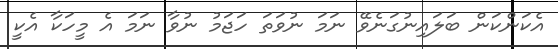
އެކަންކަން ބަލައިނުގަނެވޭ ނަމަ ނުވަތަ ހަޖަމު ނުވާ ނަމަ އެ މީހަކާ އެކީ